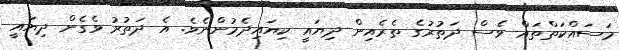
މަސައްކަތްތައް ވެސް ދަތުރުގެ ތެރެއިން ދިޔައީ ކިޔައިދެމުންނެވެ. އެ ދަތުރު ވެގެން ދިޔައީ